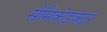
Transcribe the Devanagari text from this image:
सेमिकंडक्‍टर